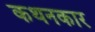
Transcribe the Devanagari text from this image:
कथनकार